画像に写った文字を読んでください
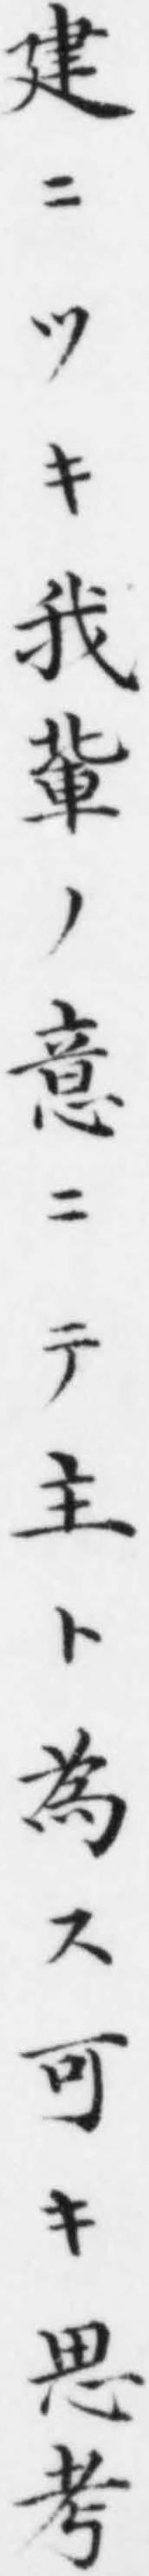
「建ニツキ我軰ノ意ニテ主ト為ス可キ思考」と書いてあります